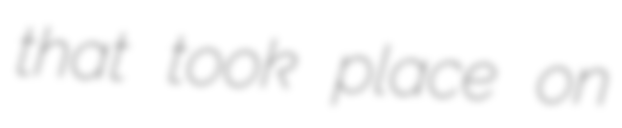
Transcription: that took place on